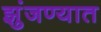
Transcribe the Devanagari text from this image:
झुंजण्यात